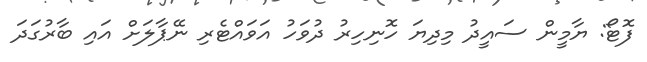
ފޮޓޯ: ޔާމީން ސައީދު މިދިޔަ ހޮނިހިރު ދުވަހު އަވައްޓެރި ނޭޕާލަށް އައި ބާރުގަދަ